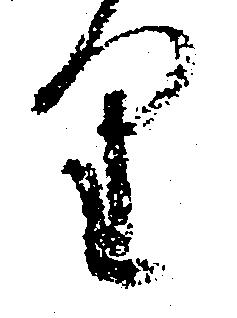
り